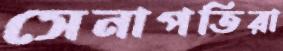
সেনাপতিরা